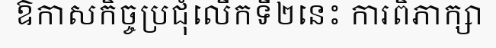
ឱកាសកិច្ចប្រជុំលើកទី២នេះ ការពិភាក្សា